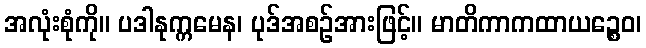
အလုံးစုံကို။ ပဒါနုက္ကမေန၊ ပုဒ်အစဉ်အားဖြင့်။ မာတိကာကထာယဉ္စေဝ၊